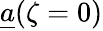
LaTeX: \underline{{a}}(\zeta=0)